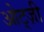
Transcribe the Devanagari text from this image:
ओट्ज़ी